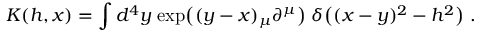
K ( h , x ) = \int d ^ { 4 } y \; \mathrm { e x p } \big ( ( y - x ) _ { \mu } \partial ^ { \mu } \big ) \; \delta \big ( ( x - y ) ^ { 2 } - h ^ { 2 } \big ) \; .